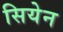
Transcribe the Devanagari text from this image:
सियेन